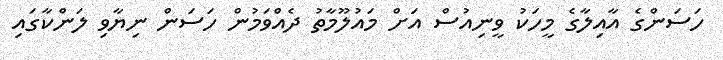
ހަސަންގެ އާއިލާގެ މީހަކު ވީނިއުސް އަށް މައުލޫމާތު ދެއްވަމުން ހަސަން ނިޔާވި ލަންކާގައި